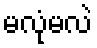
မလုံမလဲ